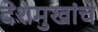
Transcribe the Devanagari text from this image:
देशमुखांचे